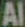
Al